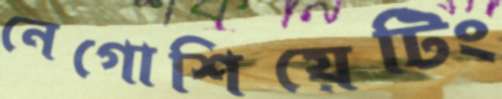
নেগোশিয়েটিং